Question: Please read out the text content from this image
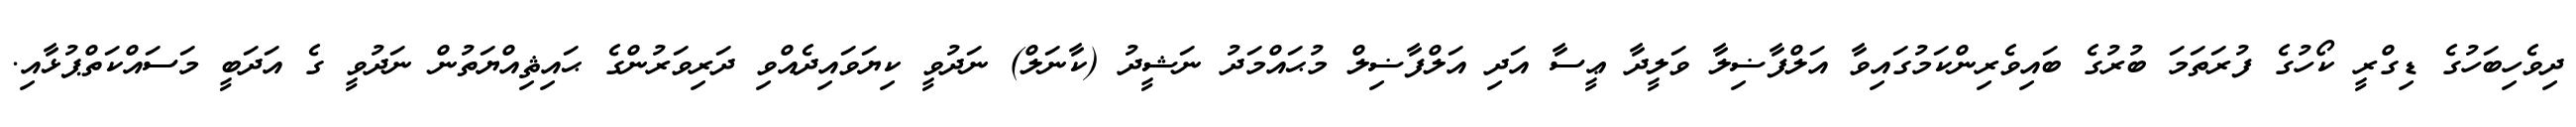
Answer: ދިވެހިބަހުގެ ޑިގްރީ ކޯހުގެ ފުރަތަމަ ބުރުގެ ބައިވެރިންކަމުގައިވާ އަލްފާޟިލާ ވަލީދާ ޢީސާ އަދި އަލްފާޟިލް މުޙައްމަދު ނަޝީދު (ކާނަލް) ނަދުވީ ކިޔަވައިދެއްވި ދަރިވަރުންގެ ޙައިޘިއްޔަތުން ނަދުވީ ގެ އަދަބީ މަސައްކަތްޕުޅާއި.